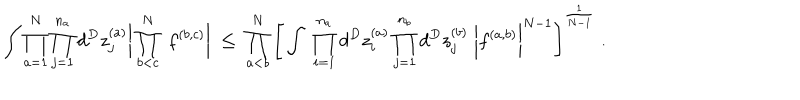
LaTeX: \int \prod _ { a = 1 } ^ { N } \prod _ { j = 1 } ^ { n _ { a } } d ^ { D } z _ { j } ^ { ( a ) } \bigg | \prod _ { b < c } ^ { N } \; f ^ { ( b , c ) } \bigg | \; \leq \; \prod _ { a < b } ^ { N } \Bigg [ \int \; \prod _ { i = 1 } ^ { n _ { a } } d ^ { D } z _ { i } ^ { ( a ) } \prod _ { j = 1 } ^ { n _ { b } } d ^ { D } z _ { j } ^ { ( b ) } \; \bigg | f ^ { ( a , b ) } \bigg | ^ { N - 1 } \Bigg ] ^ { \frac { 1 } { N - 1 } } \; .